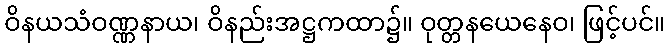
ဝိနယသံဝဏ္ဏနာယ၊ ဝိနည်းအဋ္ဌကထာ၌။ ဝုတ္တနယေနေဝ၊ ဖြင့်ပင်။